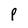
Character: p